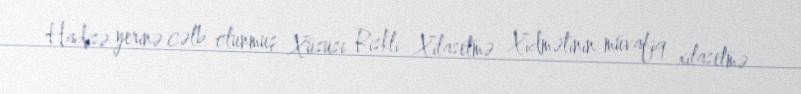
Hadisə yerinə cəlb olunmuş Xüsusi Riskli Xilasetmə Xidmətinin müvafiq xilasetmə